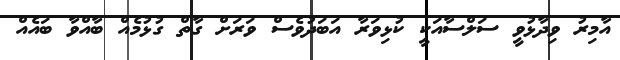
އާމިރު ވިދާޅުވީ ސަލްސާއަކީ ކުޅިވަރާ އަބަދުވެސް ވަރަށް ގާތް ގުޅުމެއް ބާއްވާ ބައެއް